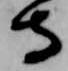
守